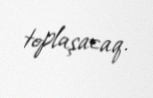
toplaşacaq.